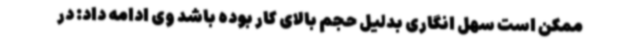
ممکن است سهل انگاری بدلیل حجم بالای کار بوده باشد وی ادامه داد: در